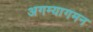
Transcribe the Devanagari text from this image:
अगम्यागमन